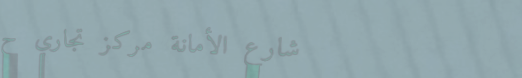
شارع الأمانة مركز تجاري ح